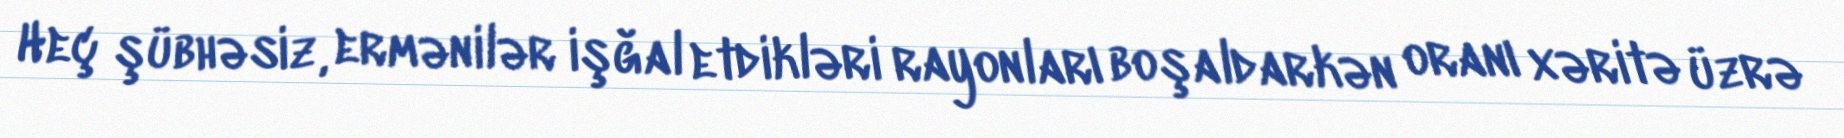
Heç şübhəsiz, ermənilər işğal etdikləri rayonları boşaldarkən oranı xəritə üzrə